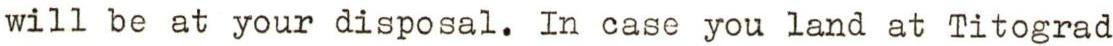
will be at your disposal. In case you land at Titograd